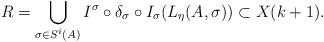
LaTeX: \begin{align*}R = \bigcup_{\sigma \in S^i(A)} I^\sigma \circ \delta_\sigma \circ I_\sigma (L_\eta(A,\sigma)) \subset X(k+1).\end{align*}